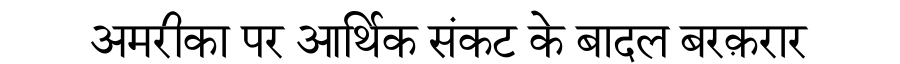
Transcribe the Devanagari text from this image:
अमरीका पर आर्थिक संकट के बादल बरक़रार